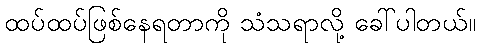
ထပ်ထပ်ဖြစ်နေရတာကို သံသရာလို့ ခေါ်ပါတယ်။